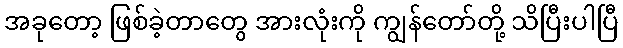
အခုတော့ ဖြစ်ခဲ့တာတွေ အားလုံးကို ကျွန်တော်တို့ သိပြီးပါပြီ